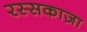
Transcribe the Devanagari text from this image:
रस्सकाज़ा